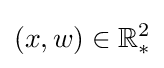
(x,w)\in \mathbb {R} _{*}^{2}